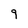
Character: 9